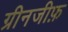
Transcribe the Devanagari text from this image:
ग्रीनजीफ़